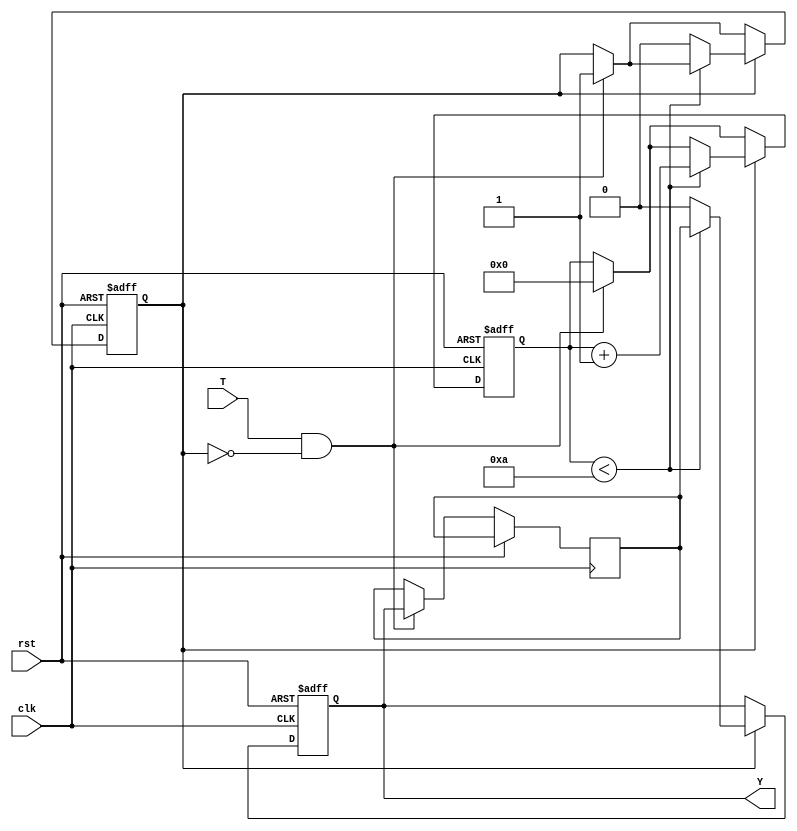
module hold_condition #(
    parameter H = 10 // Default hold time in clock cycles
)(
    input wire clk,    // Clock input
    input wire rst,    // Reset input
    input wire T,      // Trigger input
    output reg Y       // Hold output
);

    reg [31:0] counter; // Counter for hold duration
    reg hold_active;     // Flag to indicate if hold is active
    reg initial_state;   // To store the initial state when triggered

    always @(posedge clk or posedge rst) begin
        if (rst) begin
            Y <= 0;            // Reset output to default state
            hold_active <= 0;  // Deactivate hold
            counter <= 0;      // Reset counter
        end else begin
            if (T && !hold_active) begin
                initial_state <= Y; // Capture the current state of Y
                hold_active <= 1;    // Activate hold
                counter <= 0;        // Reset counter
            end
            
            if (hold_active) begin
                if (counter < H) begin
                    counter <= counter + 1; // Increment counter
                    Y <= initial_state;      // Maintain the held state
                end else begin
                    hold_active <= 0;        // Deactivate hold after duration
                    Y <= 0;                  // Return to default state
                end
            end
        end
    end
endmodule